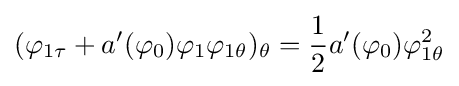
(\varphi _{1\tau }+a'(\varphi _{0})\varphi _{1}\varphi _{1\theta })_{\theta }={\frac {1}{2}}a'(\varphi _{0})\varphi _{1\theta }^{2}